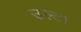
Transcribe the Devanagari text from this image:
उल्‍टा